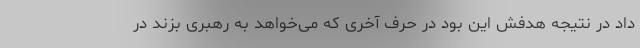
داد در نتیجه هدفش این بود در حرف آخری که می‌خواهد به رهبری بزند در